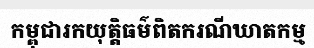
កម្ពុជារកយុត្តិធម៌ពិតករណីឃាតកម្ម